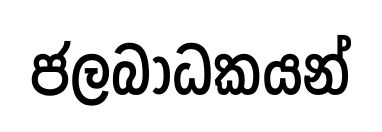
ජලබාධකයන්